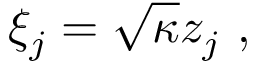
\xi _ { j } = \sqrt { \kappa } z _ { j } \ ,